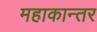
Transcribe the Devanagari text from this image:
महाकान्तर